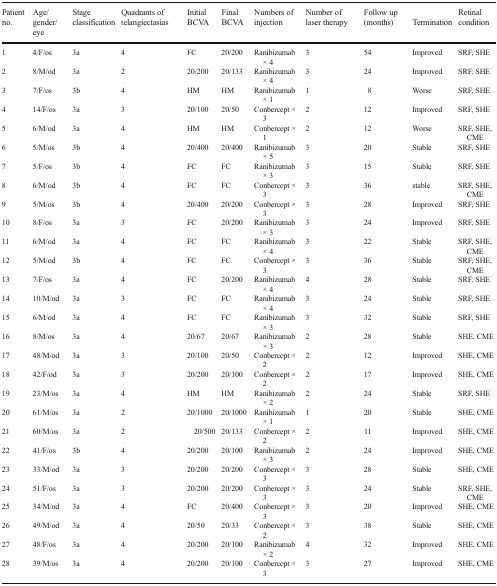
<table><thead><tr><td><b>Patient no.</b></td><td><b>Age/gender/eye</b></td><td><b>Stage classification</b></td><td><b>Quadrants of telangiectasias</b></td><td><b>Initial BCVA</b></td><td><b>Final BCVA</b></td><td><b>Numbers of injection</b></td><td><b>Number of laser therapy</b></td><td><b>Follow up (months)</b></td><td><b>Termination</b></td><td><b>Retinal condition</b></td></tr></thead><tbody><tr><td>1</td><td>4/F/os</td><td>3a</td><td>4</td><td>FC</td><td>20/200</td><td>Ranibizumab × 4</td><td>3</td><td>54</td><td>Improved</td><td>SRF, SHE</td></tr><tr><td>2</td><td>8/M/od</td><td>3a</td><td>2</td><td>20/200</td><td>20/133</td><td>Ranibizumab × 4</td><td>3</td><td>24</td><td>Improved</td><td>SRF, SHE</td></tr><tr><td>3</td><td>7/F/os</td><td>3b</td><td>4</td><td>HM</td><td>HM</td><td>Ranibizumab × 1</td><td>1</td><td>8</td><td>Worse</td><td>SRF, SHE</td></tr><tr><td>4</td><td>14/F/os</td><td>3a</td><td>3</td><td>20/100</td><td>20/50</td><td>Conbercept × 3</td><td>2</td><td>12</td><td>Improved</td><td>SRF, SHE</td></tr><tr><td>5</td><td>6/M/od</td><td>3a</td><td>4</td><td>HM</td><td>HM</td><td>Conbercept × 1</td><td>2</td><td>12</td><td>Worse</td><td>SRF, SHE, CME</td></tr><tr><td>6</td><td>5/M/os</td><td>3b</td><td>4</td><td>20/400</td><td>20/400</td><td>Ranibizumab × 5</td><td>3</td><td>20</td><td>Stable</td><td>SRF, SHE</td></tr><tr><td>7</td><td>5/F/os</td><td>3b</td><td>4</td><td>FC</td><td>FC</td><td>Ranibizumab × 3</td><td>3</td><td>15</td><td>Stable</td><td>SRF, SHE</td></tr><tr><td>8</td><td>6/M/od</td><td>3b</td><td>4</td><td>FC</td><td>FC</td><td>Conbercept × 3</td><td>3</td><td>36</td><td>stable</td><td>SRF, SHE, CME</td></tr><tr><td>9</td><td>5/M/os</td><td>3b</td><td>4</td><td>20/400</td><td>20/200</td><td>Conbercept × 3</td><td>3</td><td>28</td><td>Improved</td><td>SRF, SHE</td></tr><tr><td>10</td><td>8/F/os</td><td>3a</td><td>3</td><td>FC</td><td>20/200</td><td>Ranibizumab × 3</td><td>3</td><td>24</td><td>Improved</td><td>SRF, SHE</td></tr><tr><td>11</td><td>6/M/od</td><td>3a</td><td>4</td><td>FC</td><td>FC</td><td>Ranibizumab × 4</td><td>3</td><td>22</td><td>Stable</td><td>SRF, SHE, CME</td></tr><tr><td>12</td><td>5/M/od</td><td>3b</td><td>4</td><td>FC</td><td>FC</td><td>Conbercept × 3</td><td>3</td><td>36</td><td>Stable</td><td>SRF, SHE, CME</td></tr><tr><td>13</td><td>7/F/os</td><td>3a</td><td>4</td><td>FC</td><td>20/200</td><td>Ranibizumab × 4</td><td>4</td><td>28</td><td>Stable</td><td>SRF, SHE</td></tr><tr><td>14</td><td>10/M/od</td><td>3a</td><td>3</td><td>FC</td><td>FC</td><td>Ranibizumab × 4</td><td>3</td><td>24</td><td>Stable</td><td>SRF, SHE</td></tr><tr><td>15</td><td>6/M/od</td><td>3a</td><td>4</td><td>FC</td><td>FC</td><td>Ranibizumab × 3</td><td>3</td><td>32</td><td>Stable</td><td>SRF, SHE</td></tr><tr><td>16</td><td>8/M/os</td><td>3a</td><td>4</td><td>20/67</td><td>20/67</td><td>Ranibizumab × 3</td><td>2</td><td>28</td><td>Stable</td><td>SHE, CME</td></tr><tr><td>17</td><td>48/M/od</td><td>3a</td><td>3</td><td>20/100</td><td>20/50</td><td>Conbercept × 2</td><td>2</td><td>12</td><td>Improved</td><td>SHE, CME</td></tr><tr><td>18</td><td>42/F/od</td><td>3a</td><td>3</td><td>20/200</td><td>20/100</td><td>Conbercept × 2</td><td>2</td><td>17</td><td>Improved</td><td>SHE, CME</td></tr><tr><td>19</td><td>23/M/os</td><td>3a</td><td>4</td><td>HM</td><td>HM</td><td>Ranibizumab × 2</td><td>2</td><td>24</td><td>Stable</td><td>SRF, SHE</td></tr><tr><td>20</td><td>61/M/os</td><td>3a</td><td>2</td><td>20/1000</td><td>20/1000</td><td>Ranibizumab × 1</td><td>1</td><td>20</td><td>Stable</td><td>SHE, CME</td></tr><tr><td>21</td><td>60/M/os</td><td>3a</td><td>2</td><td>20/500</td><td>20/133</td><td>Conbercept × 2</td><td>2</td><td>11</td><td>Improved</td><td>SHE, CME</td></tr><tr><td>22</td><td>41/F/os</td><td>3b</td><td>4</td><td>20/200</td><td>20/100</td><td>Ranibizumab × 3</td><td>2</td><td>24</td><td>Improved</td><td>SHE, CME</td></tr><tr><td>23</td><td>33/M/od</td><td>3a</td><td>3</td><td>20/200</td><td>20/200</td><td>Conbercept × 3</td><td>3</td><td>28</td><td>Stable</td><td>SHE, CME</td></tr><tr><td>24</td><td>51/F/os</td><td>3a</td><td>3</td><td>20/200</td><td>20/200</td><td>Conbercept × 3</td><td>3</td><td>24</td><td>Stable</td><td>SRF, SHE, CME</td></tr><tr><td>25</td><td>34/M/od</td><td>3a</td><td>4</td><td>FC</td><td>20/400</td><td>Conbercept × 3</td><td>3</td><td>20</td><td>Improved</td><td>SHE, CME</td></tr><tr><td>26</td><td>49/M/od</td><td>3a</td><td>4</td><td>20/50</td><td>20/33</td><td>Conbercept × 2</td><td>3</td><td>38</td><td>Stable</td><td>SHE, CME</td></tr><tr><td>27</td><td>48/F/os</td><td>3a</td><td>4</td><td>20/200</td><td>20/100</td><td>Ranibizumab × 2</td><td>4</td><td>32</td><td>Improved</td><td>SHE, CME</td></tr><tr><td>28</td><td>39/M/os</td><td>3a</td><td>4</td><td>20/200</td><td>20/100</td><td>Conbercept × 3</td><td>3</td><td>27</td><td>Improved</td><td>SHE, CME</td></tr></tbody></table>